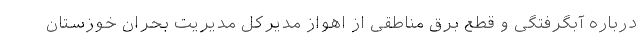
درباره آبگرفتگی و قطع برق مناطقی از اهواز مدیرکل مدیریت بحران خوزستان